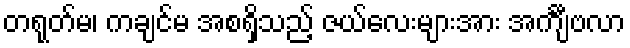
တရုတ်မ၊ ကချင်မ အစရှိသည့် ဇယ်လေးများအား အင်္ကျီဗလာ